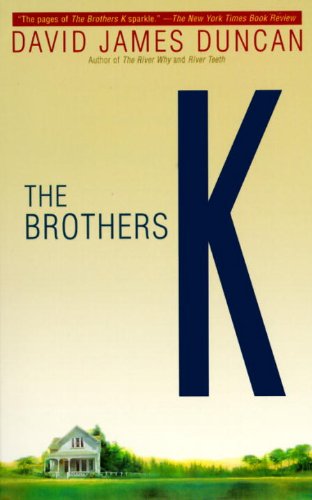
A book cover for The Brothers K; David James Duncan; Literature & Fiction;